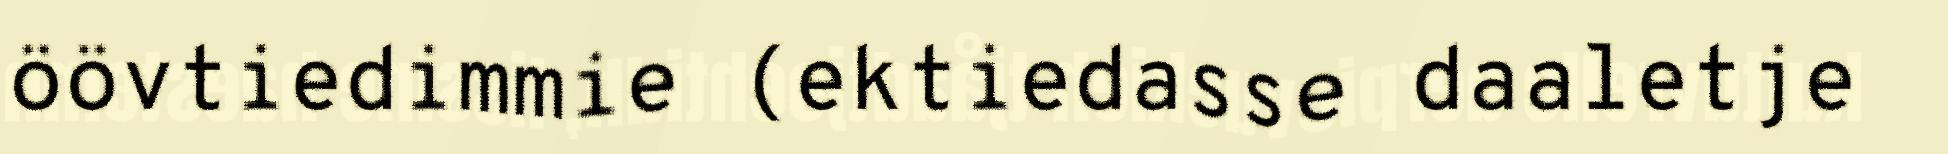
öövtiedimmie (ektiedasse daaletje